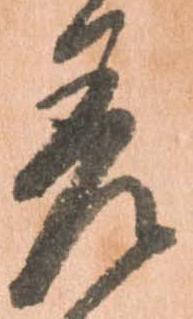
差